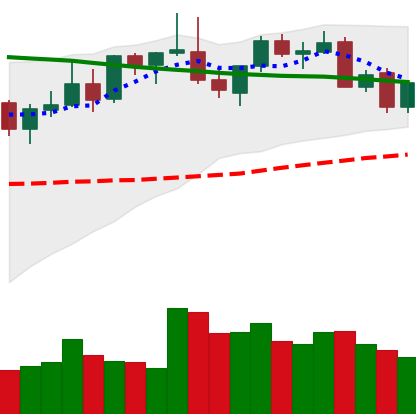
Ticker: LINK-USD
Chart end date: 2021-08-27
Forward return: 14.286%
Label: up_7plus